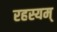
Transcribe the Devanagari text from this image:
रहस्यम्